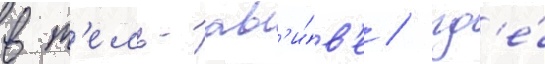
в т'ель-ав'и́в'е / гд'е́